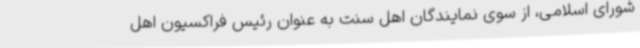
شورای اسلامی، از سوی نمایندگان اهل سنت به عنوان رئیس فراکسیون اهل